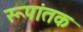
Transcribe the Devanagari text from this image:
रूपांतक